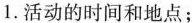
1.活动的时间和地点；